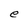
Character: e